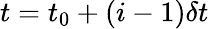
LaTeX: t=t_{0}+(i-1)\delta t